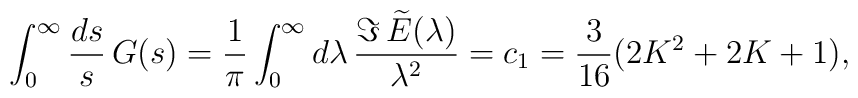
\int_0^\infty{ds\over s}\,G(s)=   {1\over\pi}\int_0^\infty d\lambda\,   {\Im\,\widetilde E(\lambda)\over\lambda^2}=   c_1={3\over16}(2K^2+2K+1),